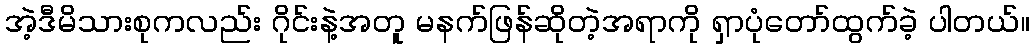
အဲ့ဒီမိသားစုကလည်း ဂိုင်းနဲ့အတူ မနက်ဖြန်ဆိုတဲ့အရာကို ရှာပုံတော်ထွက်ခဲ့ ပါတယ်။